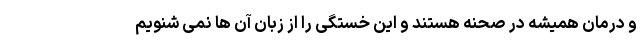
و درمان همیشه در صحنه هستند و این خستگی را از زبان آن ها نمی شنویم